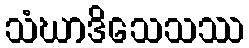
သံဃာဒိသေသဿ